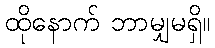
ထိုနောက် ဘာမျှမရှိ။